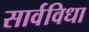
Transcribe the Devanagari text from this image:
सार्वविधा